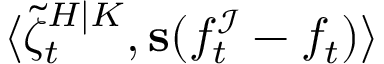
\langle \tilde { \zeta } _ { t } ^ { H | K } , \mathbf { s } ( f _ { t } ^ { \mathcal { I } } - f _ { t } ) \rangle